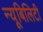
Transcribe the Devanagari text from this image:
न्यूबिलिटी